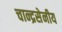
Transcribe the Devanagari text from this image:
चान्द्रसेनीय